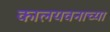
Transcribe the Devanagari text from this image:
कालयवनाच्या